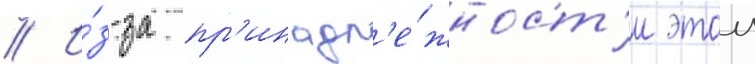
// И́з-за пр'инадл'е́жност'и этои